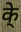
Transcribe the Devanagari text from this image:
के्